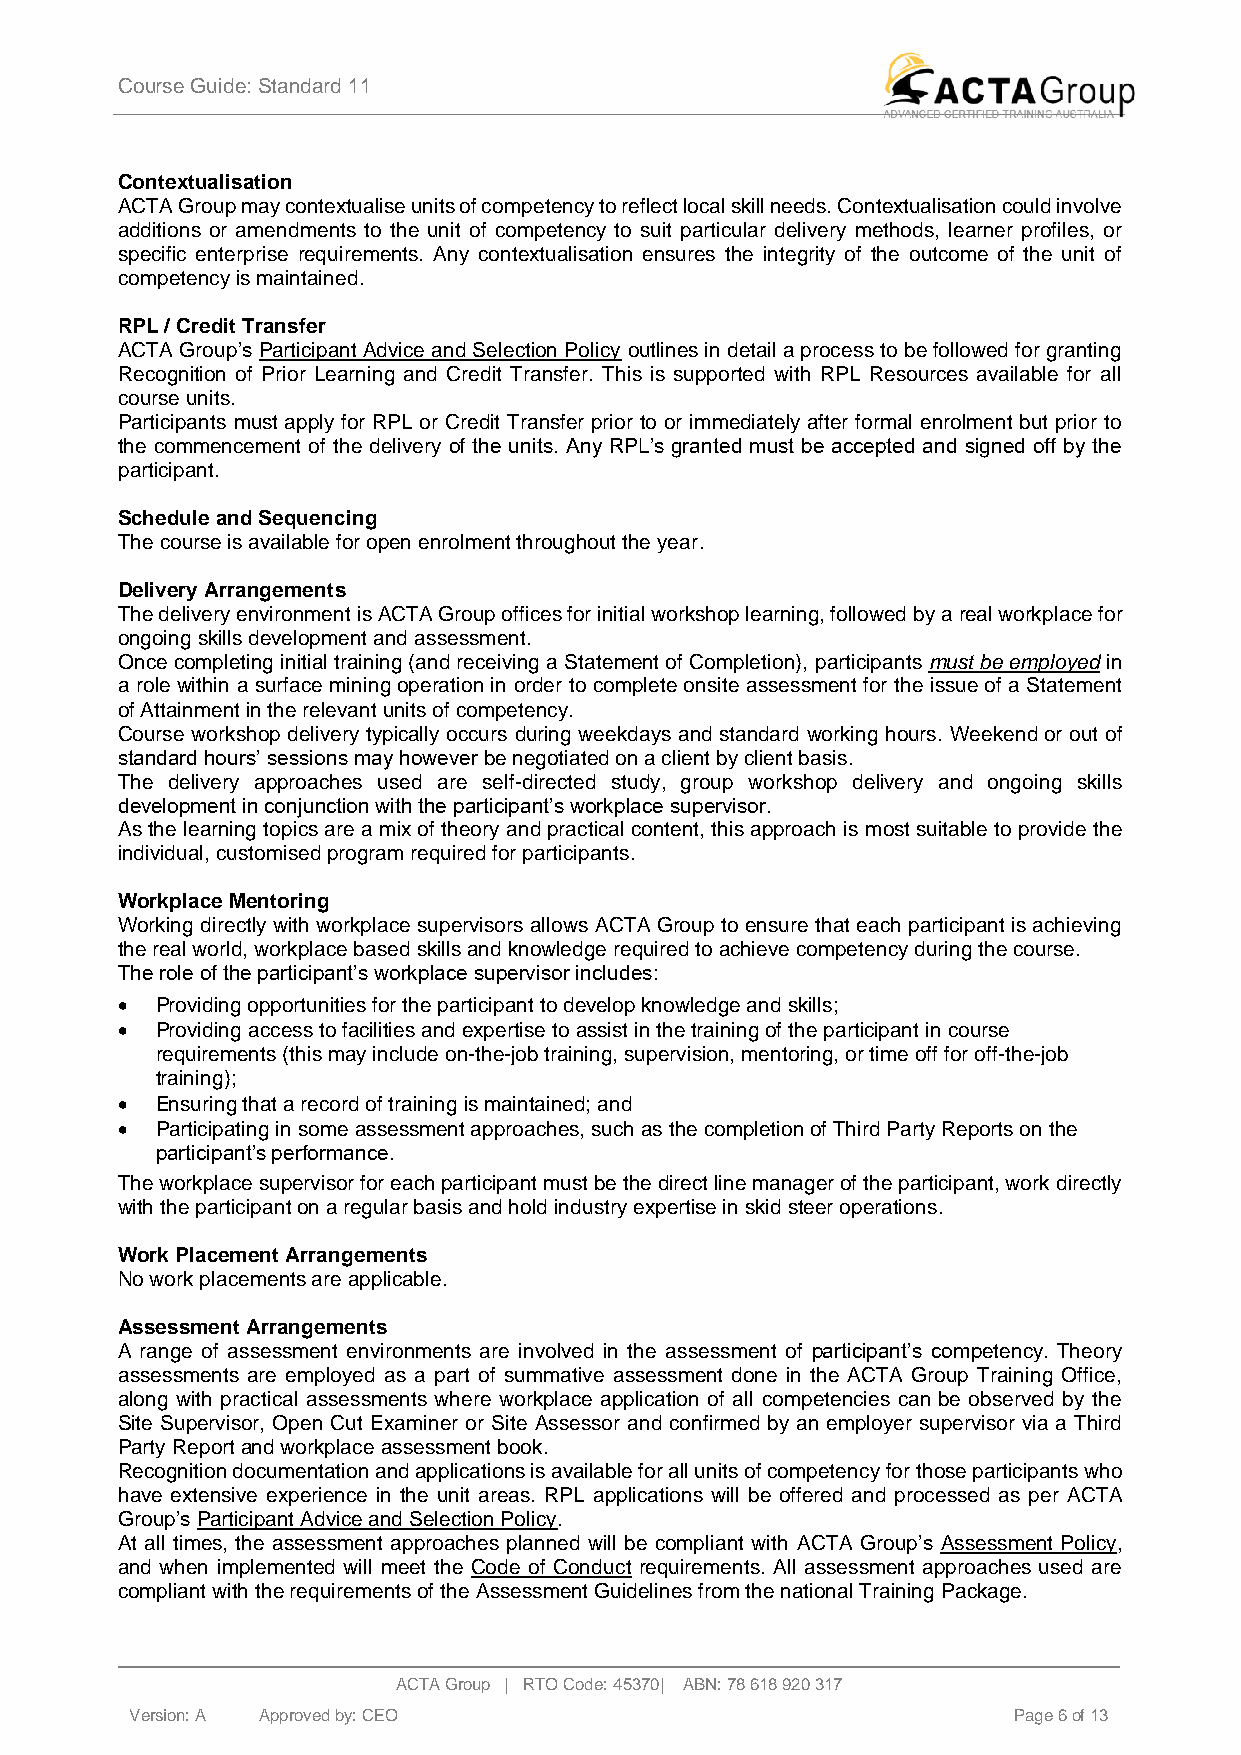
Course Guide: Standard 11
 Contextualisation
 ACTA Group may contextualise units of competency to reflect local skill needs. Contextualisation could involve
 additions or amendments to the unit of competency to suit particular delivery methods, learner profiles, or
 specific enterprise requirements. Any contextualisation ensures the integrity of the outcome of the unit of
 competency is maintained.
 RPL / Credit Transfer
 ACTA Group’s Participant Advice and Selection Policy outlines in detail a process to be followed for granting
 Recognition of Prior Learning and Credit Transfer. This is supported with RPL Resources available for all
 course units.
 Participants must apply for RPL or Credit Transfer prior to or immediately after formal enrolment but prior to
 the commencement of the delivery of the units. Any RPL’s granted must be accepted and signed off by the
 participant.
 Schedule and Sequencing
 The course is available for open enrolment throughout the year.
 Delivery Arrangements
 The delivery environment is ACTA Group offices for initial workshop learning, followed by a real workplace for
 ongoing skills development and assessment.
 Once completing initial training (and receiving a Statement of Completion), participants must be employed in
 a role within a surface mining operation in order to complete onsite assessment for the issue of a Statement
 of Attainment in the relevant units of competency.
 Course workshop delivery typically occurs during weekdays and standard working hours. Weekend or out of
 standard hours’ sessions may however be negotiated on a client by client basis.
 The delivery approaches used are self-directed study, group workshop delivery and ongoing skills
 development in conjunction with the participant’s workplace supervisor.
 As the learning topics are a mix of theory and practical content, this approach is most suitable to provide the
 individual, customised program required for participants.
 Workplace Mentoring
 Working directly with workplace supervisors allows ACTA Group to ensure that each participant is achieving
 the real world, workplace based skills and knowledge required to achieve competency during the course.
 The role of the participant’s workplace supervisor includes:
 • Providing opportunities for the participant to develop knowledge and skills;
 • Providing access to facilities and expertise to assist in the training of the participant in course
 requirements (this may include on-the-job training, supervision, mentoring, or time off for off-the-job
 training);
 • Ensuring that a record of training is maintained; and
 • Participating in some assessment approaches, such as the completion of Third Party Reports on the
 participant’s performance.
 The workplace supervisor for each participant must be the direct line manager of the participant, work directly
 with the participant on a regular basis and hold industry expertise in skid steer operations.
 Work Placement Arrangements
 No work placements are applicable.
 Assessment Arrangements
 A range of assessment environments are involved in the assessment of participant’s competency. Theory
 assessments are employed as a part of summative assessment done in the ACTA Group Training Office,
 along with practical assessments where workplace application of all competencies can be observed by the
 Site Supervisor, Open Cut Examiner or Site Assessor and confirmed by an employer supervisor via a Third
 Party Report and workplace assessment book.
 Recognition documentation and applications is available for all units of competency for those participants who
 have extensive experience in the unit areas. RPL applications will be offered and processed as per ACTA
 Group’s Participant Advice and Selection Policy.
 At all times, the assessment approaches planned will be compliant with ACTA Group’s Assessment Policy,
 and when implemented will meet the Code of Conduct requirements. All assessment approaches used are
 compliant with the requirements of the Assessment Guidelines from the national Training Package.
 ACTA Group | RTO Code: 45370| ABN: 78 618 920 317
 Version: A A p p roved by: CEO                            Page 6 of 13